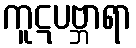
ကူဋပဗ္ဘာရာ